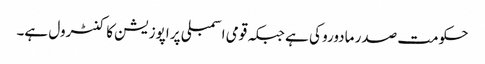
حکومت صدر مادورو کی ہے جبکہ قومی اسمبلی پر اپوزیشن کا کنٹرول ہے۔